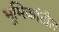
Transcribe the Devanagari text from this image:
भूमिकांतील